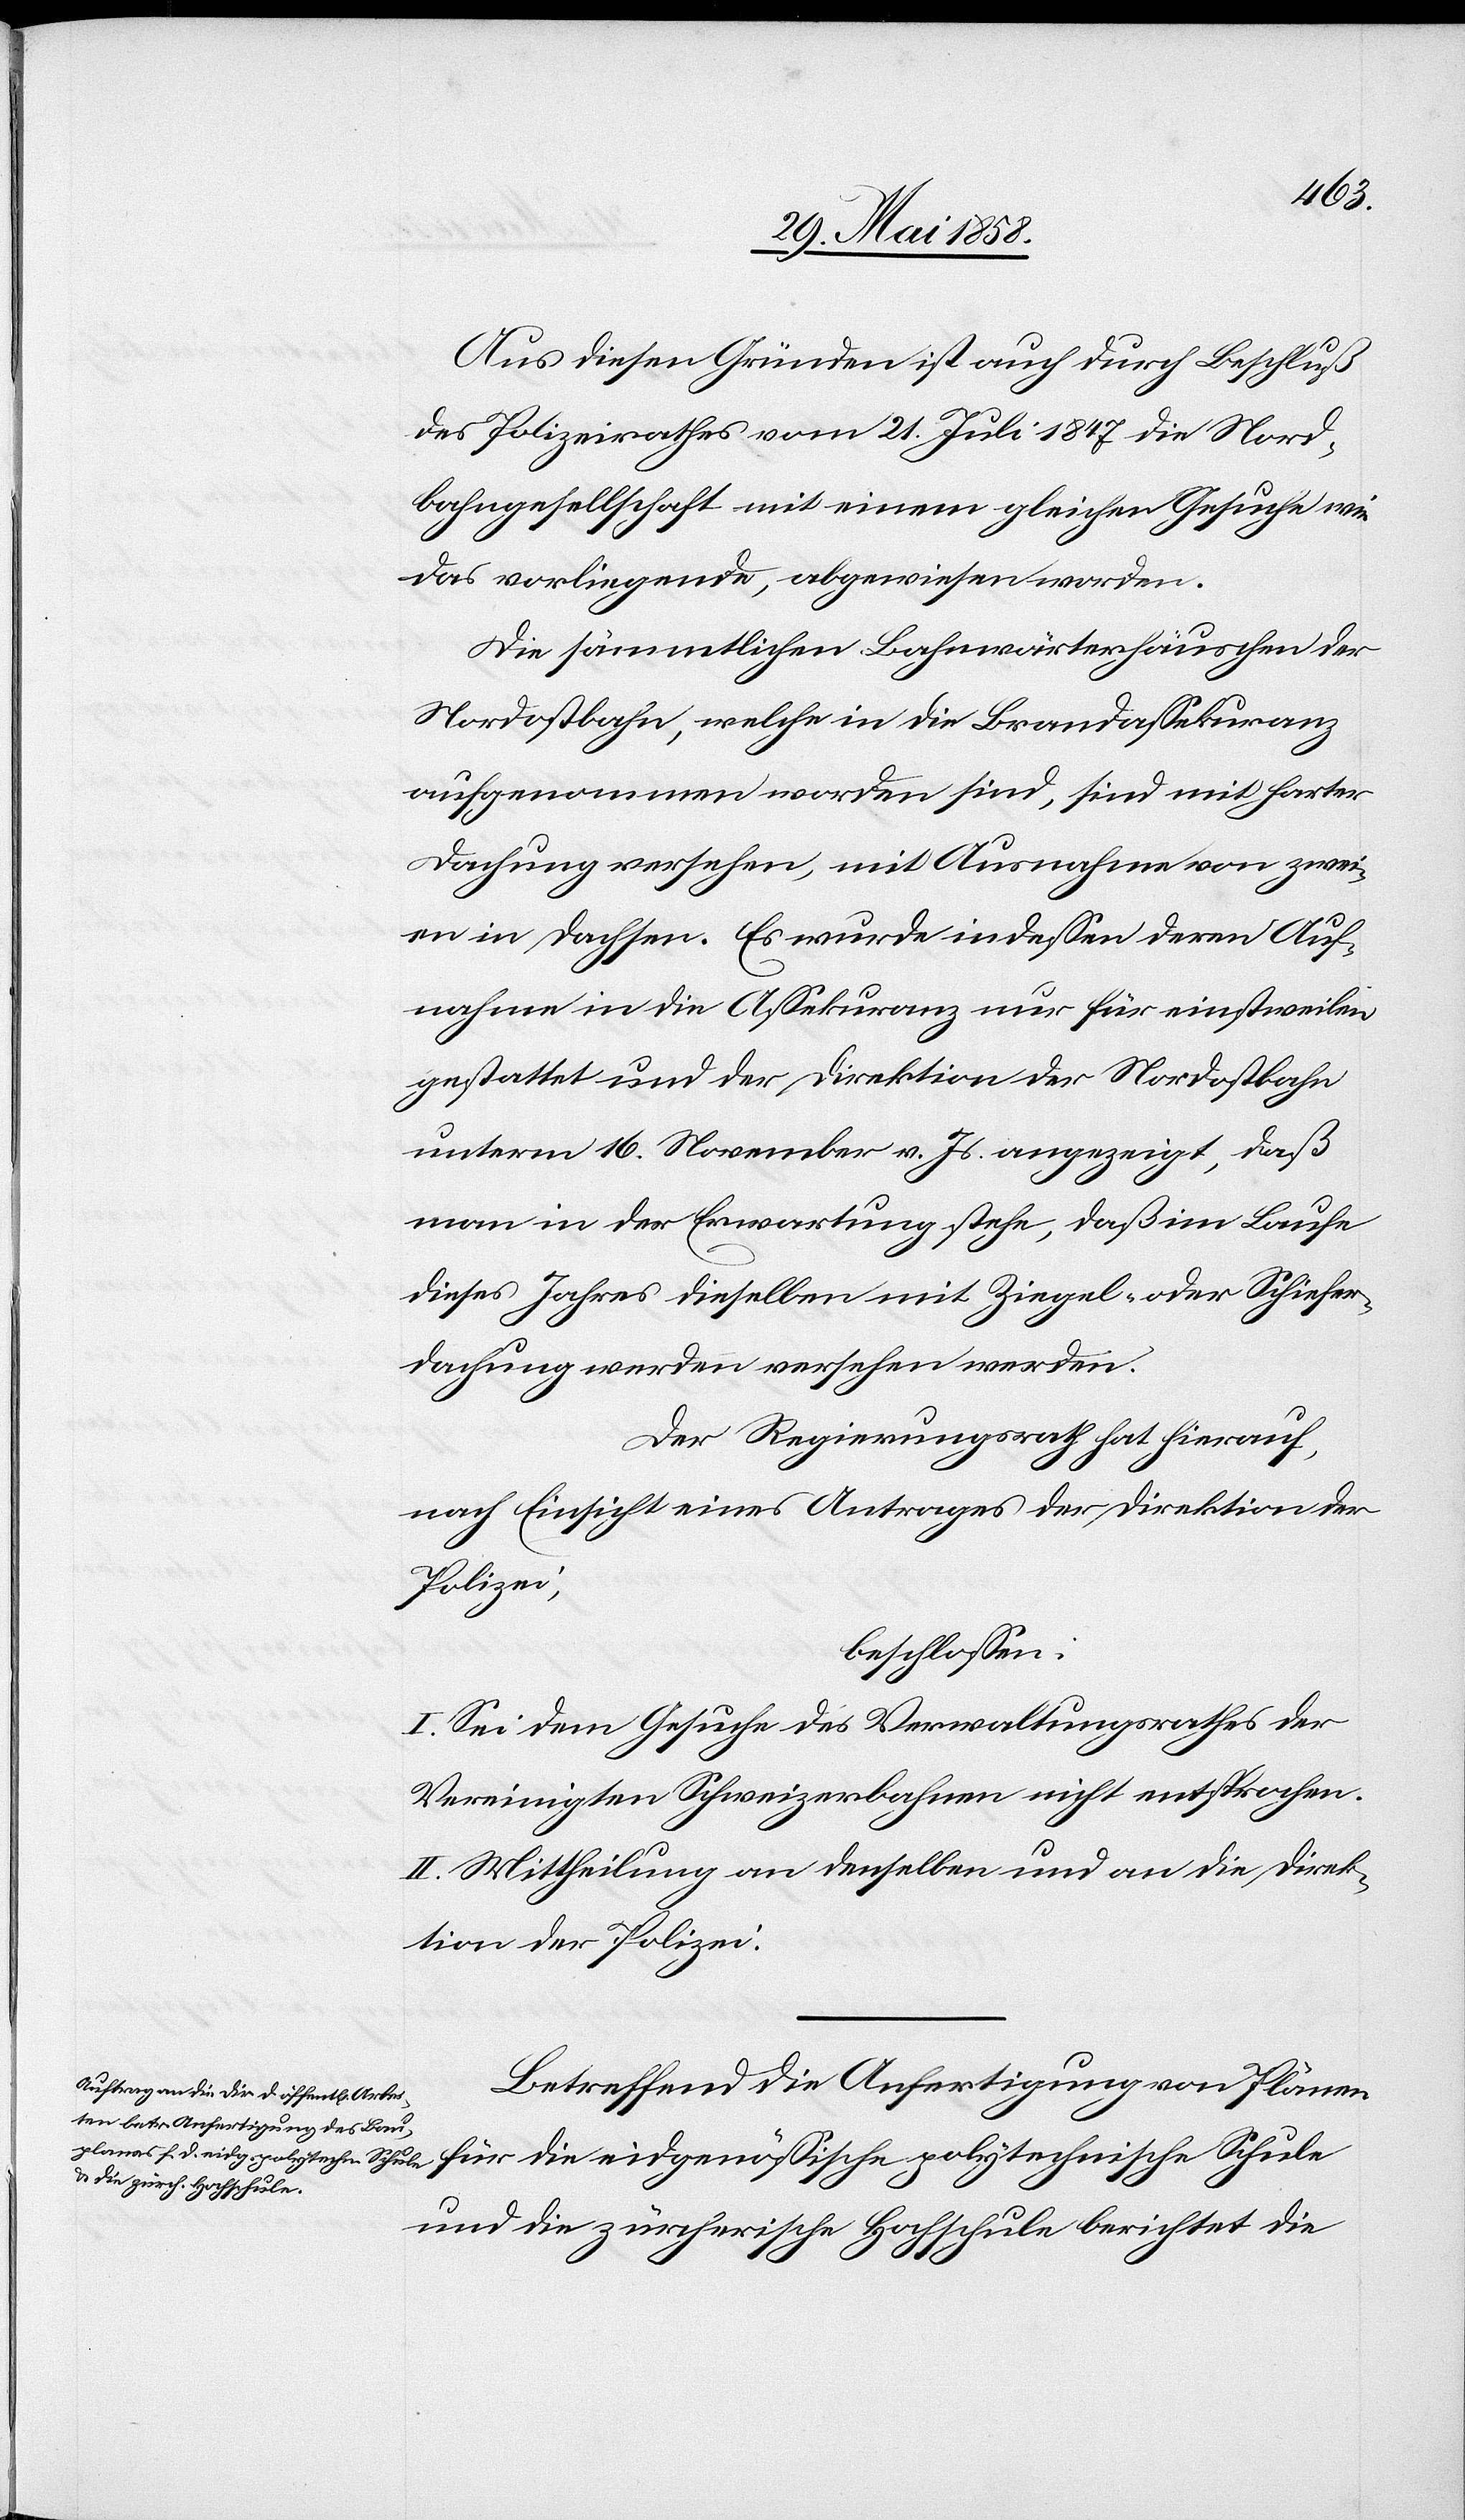
Aus diesen Gründen ist auch durch Beschluß
des Polizeirathes vom 21. Juli 1847 die Nord¬
bahngesellschaft mit einem gleichen Gesuche wie
das vorliegende, abgewiesen worden.
Die sämmtlichen Bahnwärterhäuschen der
Nordostbahn, welche in die Brandassekuranz
aufgenommen worden sind, sind mit harter
Dachung versehen, mit Ausnahme von zwei¬
en in Dachsen. Es wurde indessen deren Auf¬
nahme in die Assekuranz nur für einstweilen
gestattet und der Direktion der Nordostbahn
unterm 16. November v. Js. angezeigt, daß
man in der Erwartung stehe, daß im Laufe
dieses Jahres dieselben mit Ziegel- oder Schiefer¬
dachung werden versehen werden.
Der Regierungsrath hat hierauf,
nach Einsicht eines Antrages der Direktion der
Polizei,
beschlossen:
I. Sei dem Gesuche des Verwaltungsrathes der
Vereinigten Schweizerbahnen nicht entsprochen.
II. Mittheilung an denselben und an die Direk¬
tion der Polizei.
Betreffend die Anfertigung von Plänen
für die eidgenössische polytechnische Schule
und die zürcherische Hochschule berichtet die